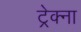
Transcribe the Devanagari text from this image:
ट्रेक्ना